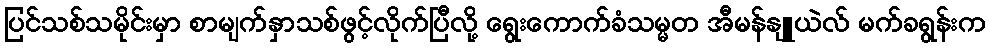
ပြင်သစ်သမိုင်းမှာ စာမျက်နှာသစ်ဖွင့်လိုက်ပြီလို့ ရွေးကောက်ခံသမ္မတ အီမန်နျူယဲလ် မက်ခရွန်းက